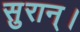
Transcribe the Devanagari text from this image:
सुरान्।